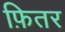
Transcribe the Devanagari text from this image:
फ़ितर